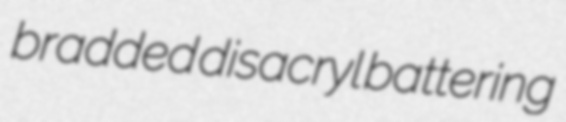
bradded disacryl battering